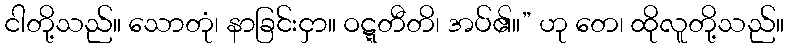
ငါတို့သည်။ သောတုံ၊ နာခြင်းငှာ။ ဝဋ္ဋတီတိ၊ အပ်၏။” ဟု တေ၊ ထိုလူတို့သည်။